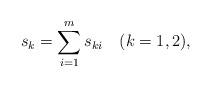
LaTeX: \begin{align*}s_k=\sum^{m}_{i=1} s_{ki}\quad(k=1,2),\end{align*}